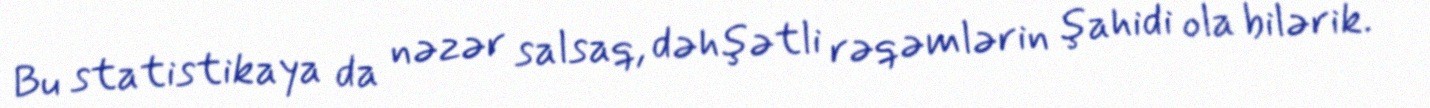
Bu statistikaya da nəzər salsaq, dəhşətli rəqəmlərin şahidi ola bilərik.